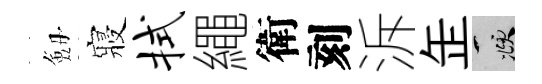
劔寢拭繩衛刻泝𦈢頫